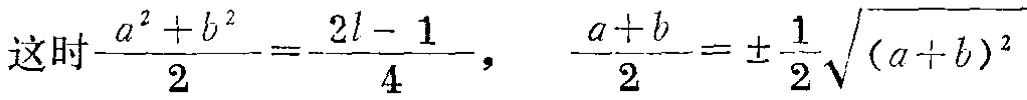
这时\frac{a^{2}+b^{2}}{2}=-\frac{2l - 1}{4}，\frac{a + b}{2}=\pm\frac{1}{2}\sqrt{(a + b)^{2}}